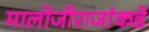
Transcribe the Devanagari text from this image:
मालोजीराजांकडे